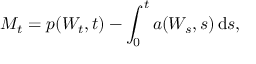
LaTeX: M _ { t } = p ( W _ { t } , t ) - \int _ { 0 } ^ { t } a ( W _ { s } , s ) \, \mathrm { d } s ,